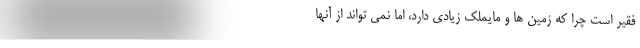
فقیر است چرا که زمین ها و مایملک زیادی دارد، اما نمی تواند از آنها